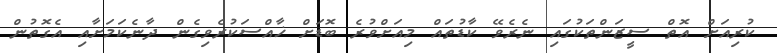
ކުރިއަށް އޮތް ސީޒަންތަކުގައި ނެރެވޭ ކާޑުތައް މިއަށްވުރެ ބޮޑަށް ޚާއްސަކުރެވިގެން ދާނެކަމަށާއި އެގޮތުން